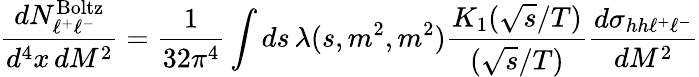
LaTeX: {\frac{dN_{\ell^{+}\ell^{-}}^{\mathrm{Boltz}}}{d^{4}x\, dM^{2}}}={\frac{1}{32\pi^{4}}}\int ds\, \lambda(s,m^{2},m^{2}){\frac{K_{1}(\sqrt{s}/T)}{(\sqrt{s}/T)}}{\frac{d\sigma_{hh\ell^{+}\ell^{-}}}{dM^{2}}}